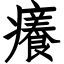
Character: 癢